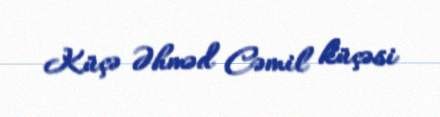
Küçə Əhməd Cəmil küçəsi